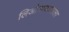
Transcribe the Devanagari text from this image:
लिओनायडसला